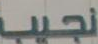
نجيب